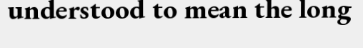
understood to mean the long